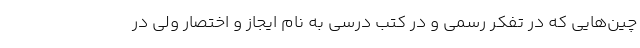
چین‌هایی که در تفکر رسمی و در کتب درسی به نام ایجاز و اختصار ولی در